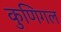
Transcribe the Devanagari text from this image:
कुणिगल